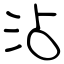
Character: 沾